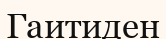
Гаитиден